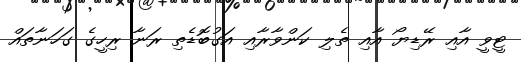
ޓީވީ އާއި ރޭޑިޔޯ އާއި ތެލި ކަންވާރާއި އަގުބޮޑެތި ރަނާ ރިހީގެ ގަހަނާތައް